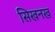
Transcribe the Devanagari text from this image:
सिखनख